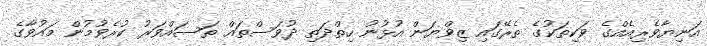
އަނިޔާވެރިއެއްގެ ވަކިތަކުގެ ތެރޭގައި ޒިވްޔަން އުޅުނު ހިތްދަތި ދުވަސްތައް ތަސައްވަރު ކުރެވުމުން މައުވާގެ